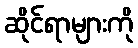
ဆိုင်ရာများကို